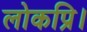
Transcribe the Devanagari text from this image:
लोकप्रि।